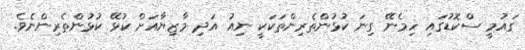
ގައުމީ ސްކޮޑުގައި ހިމެނޭ ގިނަ ކުޅުންތެރިންތަކަކީ ނިއު އަދި މާޒިޔާއަށް ކުޅޭ ކުޅުންތެރިންނެވެ.